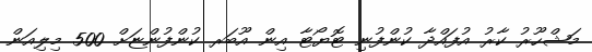
މަޝްހޫރު ކާރު އުފައްދާ ކުންފުނި ޓޮޔޯޓާ އިން އޫބަރ ކުންފުންޏަށް 500 މިލިއަން